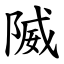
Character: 隇